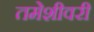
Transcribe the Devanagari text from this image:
तमेशीवरी